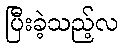
ပြီးခဲ့သည့်လ